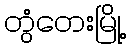
တွံတေးမြို့